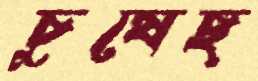
চুষেছ